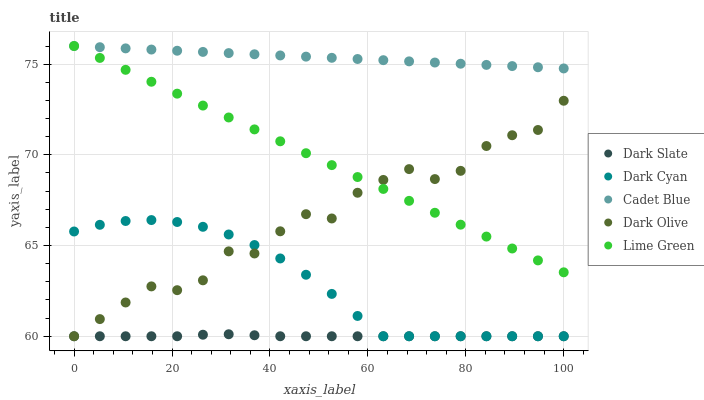
| xaxis_label | Dark Slate | Dark Cyan | Cadet Blue | Dark Olive | Lime Green |
 | --- | --- | --- | --- | --- | --- |
 | 0 | 60 | 65.8 | 76 | 60 | 76 |
 | 5.26 | 60 | 66.1 | 75.9 | 60.9 | 75.3 |
 | 10.5 | 60 | 66.4 | 75.9 | 61.9 | 74.7 |
 | 15.8 | 60 | 66.4 | 75.8 | 62.7 | 74 |
 | 21.1 | 60 | 66.3 | 75.7 | 62.5 | 73.4 |
 | 26.3 | 60.1 | 66 | 75.7 | 63.1 | 72.7 |
 | 31.6 | 60.1 | 65.6 | 75.6 | 64.7 | 72.1 |
 | 36.8 | 60.1 | 65 | 75.5 | 64.6 | 71.4 |
 | 42.1 | 60 | 64.3 | 75.5 | 65.8 | 70.7 |
 | 47.4 | 60 | 63.4 | 75.4 | 66.7 | 70.1 |
 | 52.6 | 60 | 62.3 | 75.3 | 66.5 | 69.4 |
 | 57.9 | 60 | 61.1 | 75.3 | 67.9 | 68.8 |
 | 63.2 | 60 | 60 | 75.2 | 68.6 | 68.1 |
 | 68.4 | 60 | 60 | 75.2 | 69.2 | 67.5 |
 | 73.7 | 60 | 60 | 75.1 | 68.7 | 66.8 |
 | 78.9 | 60 | 60 | 75 | 69.1 | 66.2 |
 | 84.2 | 60 | 60 | 75 | 70.5 | 65.5 |
 | 89.5 | 60 | 60 | 74.9 | 71.1 | 64.8 |
 | 94.7 | 60 | 60 | 74.8 | 71.4 | 64.2 |
 | 100 | 60 | 60 | 74.8 | 73 | 63.5 |